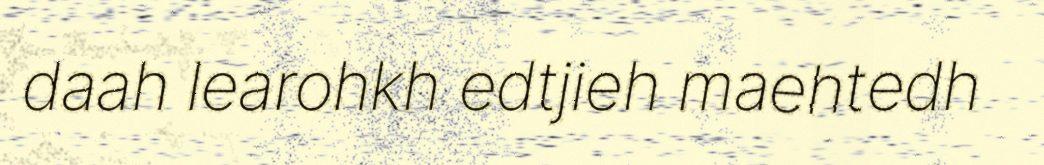
daah learohkh edtjieh maehtedh